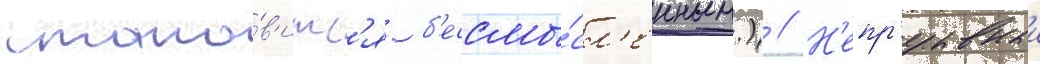
стано́в'итс'я б'ессмы́сл'енным.) // Н'епр'ерывныи